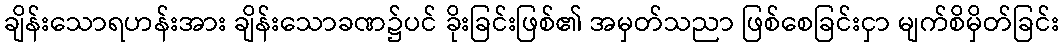
ချိန်းသောရဟန်းအား ချိန်းသောခဏ၌ပင် ခိုးခြင်းဖြစ်၏ အမှတ်သညာ ဖြစ်စေခြင်းငှာ မျက်စိမှိတ်ခြင်း